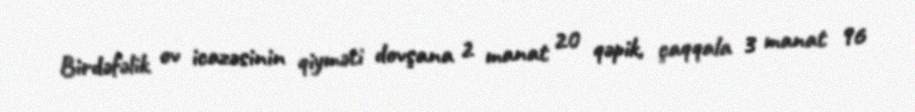
Birdəfəlik ov icazəsinin qiyməti dovşana 2 manat 20 qəpik, çaqqala 3 manat 96